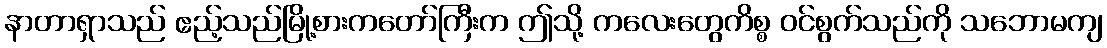
နာတာရှာသည် ဧည့်သည်မြို့စားကတော်ကြီးက ဤသို့ ကလေးတွေကိစ္စ ဝင်စွက်သည်ကို သဘောမကျ